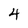
Character: 4